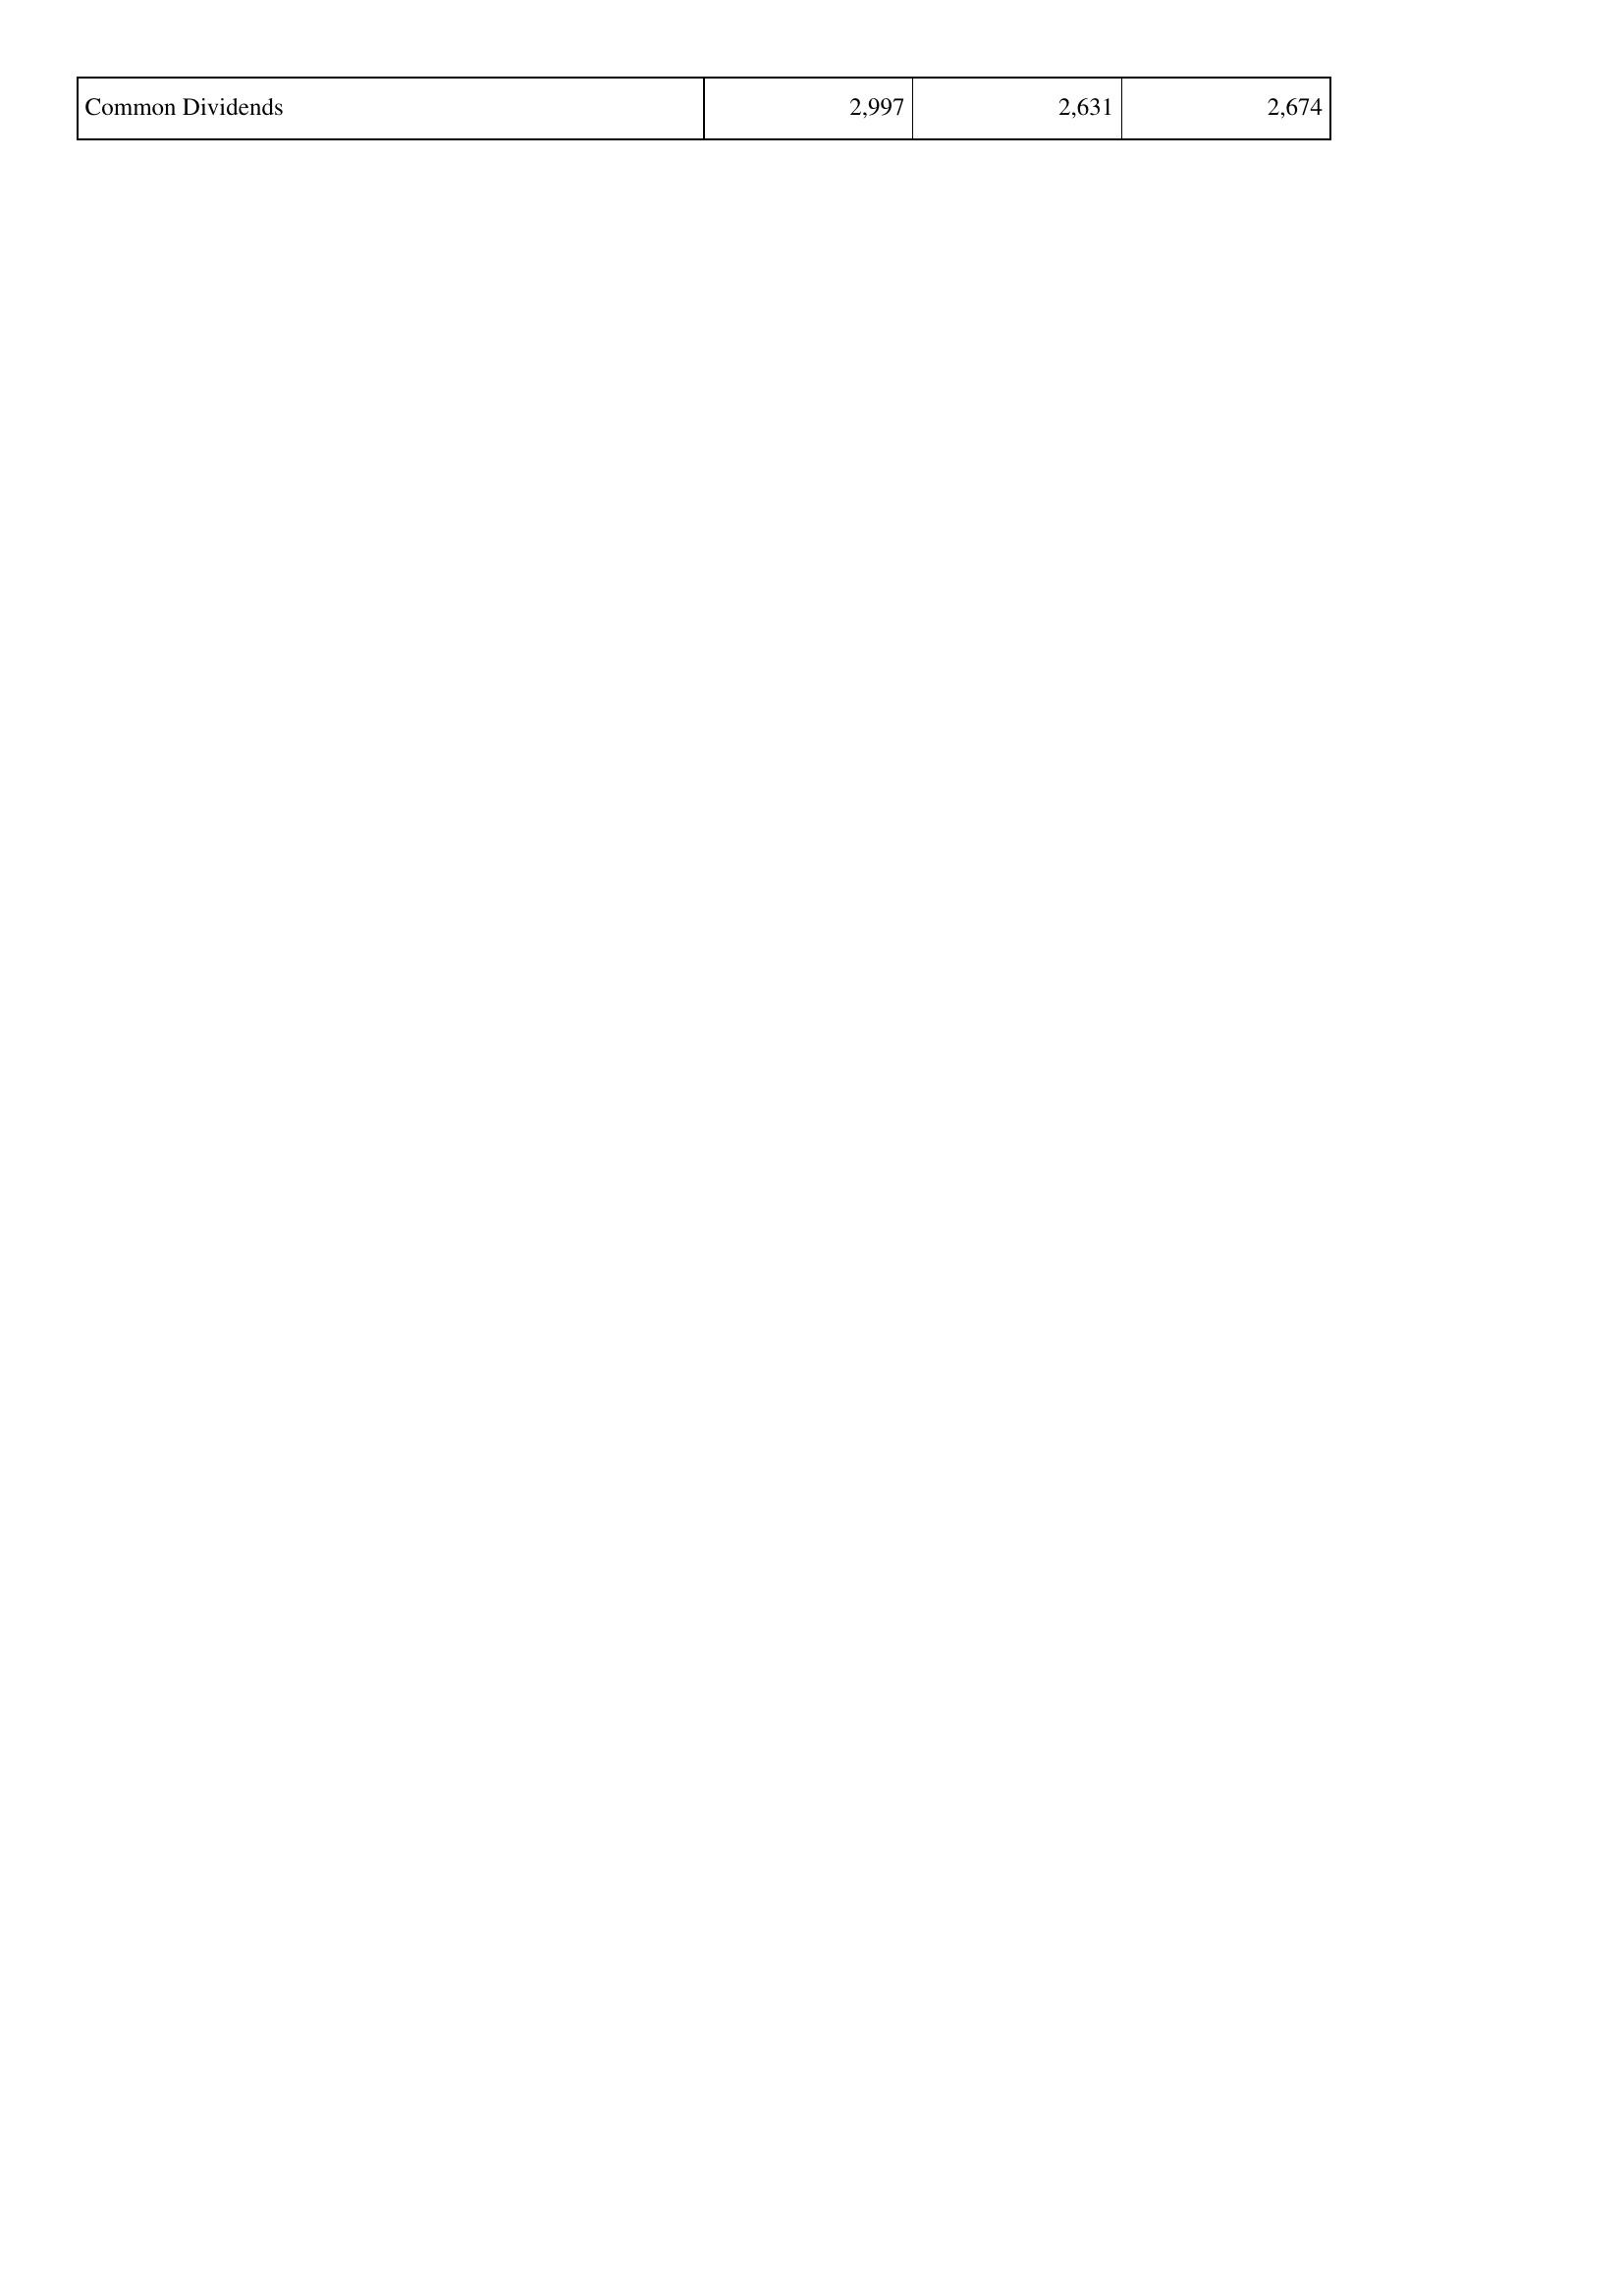
2024: Financing Activities: Common Dividends: 2,997
2023: Financing Activities: Common Dividends: 2,631
2022: Financing Activities: Common Dividends: 2,674